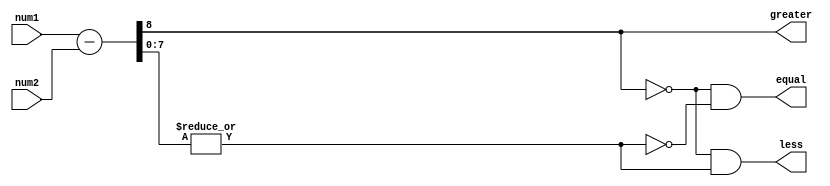
module unsigned_comparator(
    input wire [7:0] num1,
    input wire [7:0] num2,
    output wire greater,
    output wire equal,
    output wire less
);

    wire [8:0] diff;
    
    assign diff = num1 - num2;
    
    assign greater = diff[8];
    assign equal = ~diff[8] & ~|diff[7:0];
    assign less = ~diff[8] & |diff[7:0];

endmodule